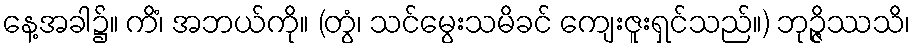
နေ့အခါ၌။ ကိံ၊ အဘယ်ကို။ (တွံ၊ သင်မွေးသမိခင် ကျေးဇူးရှင်သည်။) ဘုဉ္ဇိဿသိ၊